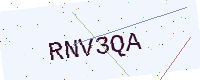
Text: RNV3QA